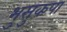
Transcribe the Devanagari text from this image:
भुसुकपा